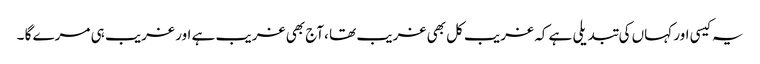
یہ کیسی اور کہاں کی تبدیلی ہے کہ غریب کل بھی غریب تھا ،آج بھی غریب ہے اور غریب ہی مرے گا ۔